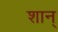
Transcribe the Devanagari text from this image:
शान्